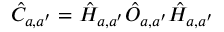
\hat { C } _ { a , a ^ { \prime } } = \hat { H } _ { a , a ^ { \prime } } \hat { O } _ { a , a ^ { \prime } } \hat { H } _ { a , a ^ { \prime } }